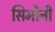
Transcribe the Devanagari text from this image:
सिमौनी